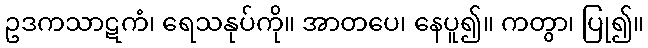
ဥဒကသာဋကံ၊ ရေသနုပ်ကို။ အာတပေ၊ နေပူ၍။ ကတွာ၊ ပြု၍။